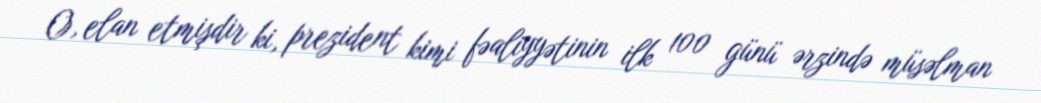
O, elan etmişdir ki, prezident kimi fəaliyyətinin ilk 100 günü ərzində müsəlman